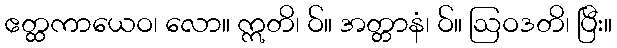
ဧတ္ထကာယေဝ၊ လော။ ဣတိ၊ ဝ်။ အတ္တာနံ၊ ဝ်။ ဩဝဒတိ၊ ပြီး။